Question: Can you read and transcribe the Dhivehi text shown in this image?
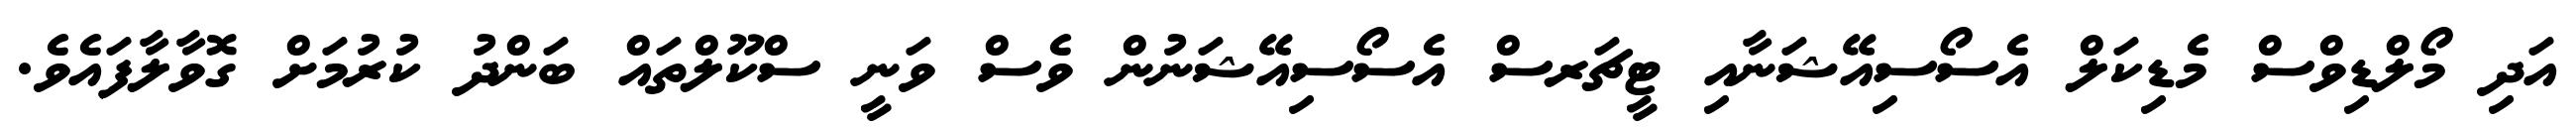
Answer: އަދި މޯލްޑިވްސް މެޑިކަލް އެސޯސިއޭޝަނާއި ޓީޗަރސް އެސޯސިއޭޝަނުން ވެސް ވަނީ ސްކޫލްތައް ބަންދު ކުރުމަށް ގޮވާލާފައެވެ.